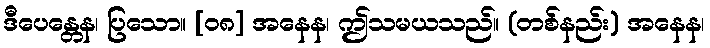
ဒီပေန္တေန၊ ပြသော။ [၀၈] အနေန၊ ဤသမယသည်။ (တစ်နည်း) အနေန၊